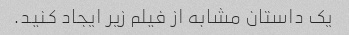
یک داستان مشابه از فیلم زیر ایجاد کنید.